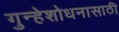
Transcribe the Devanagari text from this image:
गुन्हेशोधनासाठी